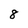
Character: 8